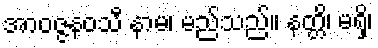
အာဝဇ္ဇနဝသီ နာမ၊ မည်သည်။ နတ္တိ၊ မရှိ၊